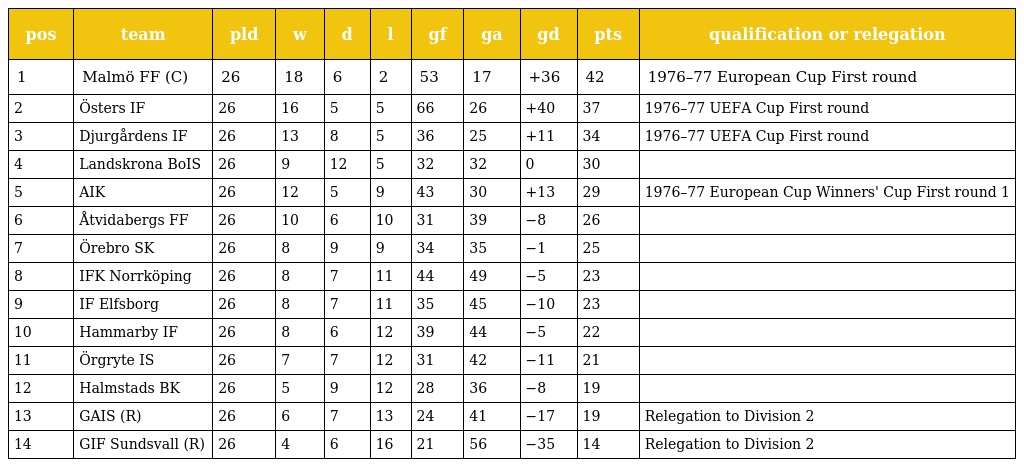
| pos | team | pld | w | d | l | gf | ga | gd | pts | qualification or relegation |
 | --- | --- | --- | --- | --- | --- | --- | --- | --- | --- | --- |
 | 1 | Malmö FF (C) | 26 | 18 | 6 | 2 | 53 | 17 | +36 | 42 | 1976–77 European Cup First round |
 | 2 | Östers IF | 26 | 16 | 5 | 5 | 66 | 26 | +40 | 37 | 1976–77 UEFA Cup First round |
 | 3 | Djurgårdens IF | 26 | 13 | 8 | 5 | 36 | 25 | +11 | 34 | 1976–77 UEFA Cup First round |
 | 4 | Landskrona BoIS | 26 | 9 | 12 | 5 | 32 | 32 | 0 | 30 |  |
 | 5 | AIK | 26 | 12 | 5 | 9 | 43 | 30 | +13 | 29 | 1976–77 European Cup Winners' Cup First round 1 |
 | 6 | Åtvidabergs FF | 26 | 10 | 6 | 10 | 31 | 39 | −8 | 26 |  |
 | 7 | Örebro SK | 26 | 8 | 9 | 9 | 34 | 35 | −1 | 25 |  |
 | 8 | IFK Norrköping | 26 | 8 | 7 | 11 | 44 | 49 | −5 | 23 |  |
 | 9 | IF Elfsborg | 26 | 8 | 7 | 11 | 35 | 45 | −10 | 23 |  |
 | 10 | Hammarby IF | 26 | 8 | 6 | 12 | 39 | 44 | −5 | 22 |  |
 | 11 | Örgryte IS | 26 | 7 | 7 | 12 | 31 | 42 | −11 | 21 |  |
 | 12 | Halmstads BK | 26 | 5 | 9 | 12 | 28 | 36 | −8 | 19 |  |
 | 13 | GAIS (R) | 26 | 6 | 7 | 13 | 24 | 41 | −17 | 19 | Relegation to Division 2 |
 | 14 | GIF Sundsvall (R) | 26 | 4 | 6 | 16 | 21 | 56 | −35 | 14 | Relegation to Division 2 |